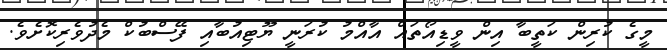
މީގެ ކުރިން ކަތީބާ އިން ވީޑިއޯތައް އާއްމު ކުރަނީ ޔޫޓިއުބާއި ފޭސްބުކް މެދުވެރިކޮށެވެ.